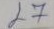
27